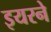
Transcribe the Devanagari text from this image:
इयरने